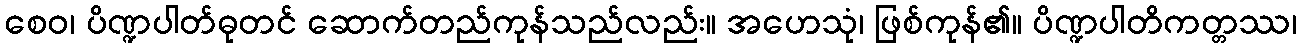
စေဝ၊ ပိဏ္ဍပါတ်ဓုတင် ဆောက်တည်ကုန်သည်လည်း။ အဟေသုံ၊ ဖြစ်ကုန်၏။ ပိဏ္ဍပါတိကတ္တဿ၊